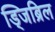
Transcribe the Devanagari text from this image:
ड्जिब्रिल